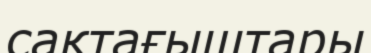
сақтағыштары